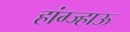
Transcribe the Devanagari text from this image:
हांग्ज्हाऊ